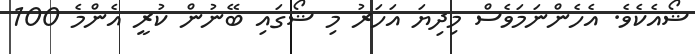
ޝޯއެކެވެ. އެހެންނަމަވެސް މިދިޔަ އަހަރު މި ޝޯގައި ބޭނުން ކުރީ އެންމެ 100